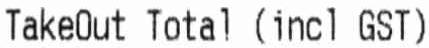
TAKEOUT TOTAL (INCL GST)